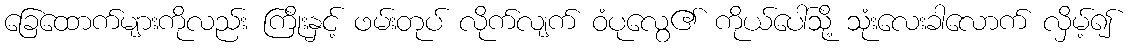
ခြေထောက်များကိုလည်း ကြိုးနှင့် ဖမ်းတုပ် လိုက်လျက် ဝံပုလွေ၏ ကိုယ်ပေါ်သို့ သုံးလေးခါလောက် လှိမ့်၍